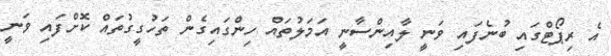
އެ ރިޕޯޓްގައި ބުނެފައި ވަނީ ލާއިންސާނީ އަމަލުތައް ހިންގައިގެން ތަހުގީގުތައް ކޮށްފައި ވަނީ